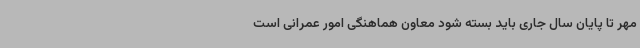
مهر تا پایان سال جاری باید بسته شود معاون هماهنگی امور عمرانی است